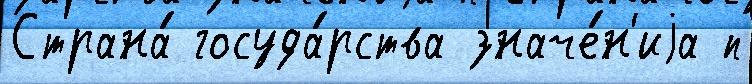
Страна́ госуда́рства значе́н'иjа п